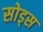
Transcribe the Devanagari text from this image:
सोड्स